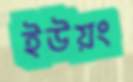
ইউয়ং